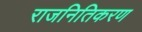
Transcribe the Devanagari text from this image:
राजनितिकरण